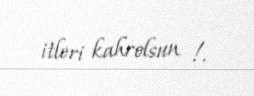
itleri kahrolsun !.